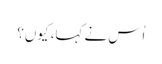
اُس نے کہا، کیوں؟